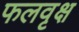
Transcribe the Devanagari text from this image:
फलवृक्ष